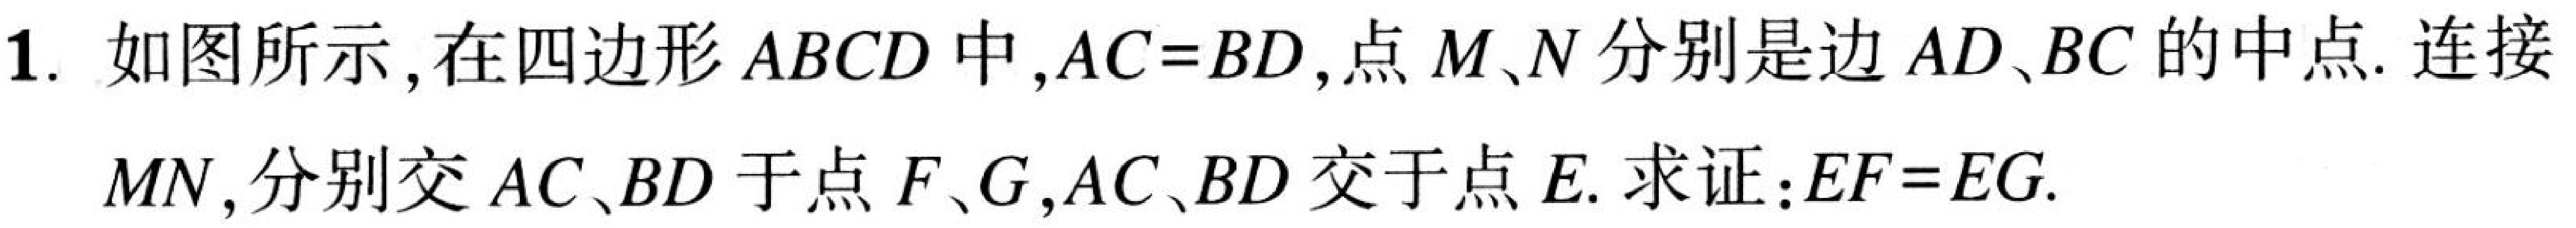
1. 如图所示，在四边形 \(ABCD\) 中，\(AC = BD\)，点 \(M\)、\(N\) 分别是边 \(AD\)、\(BC\) 的中点. 连接 \(MN\)，分别交 \(AC\)、\(BD\) 于点 \(F\)、\(G\)，\(AC\)、\(BD\) 交于点 \(E\). 求证：\(EF = EG\).